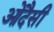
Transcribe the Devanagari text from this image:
ओदैसी